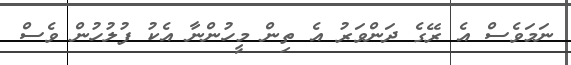
ނަމަވެސް އެ ރޭގެ ދަންވަރު އެ ތިން މީހުންނާ އެކު ފުލުހުން ވެސް